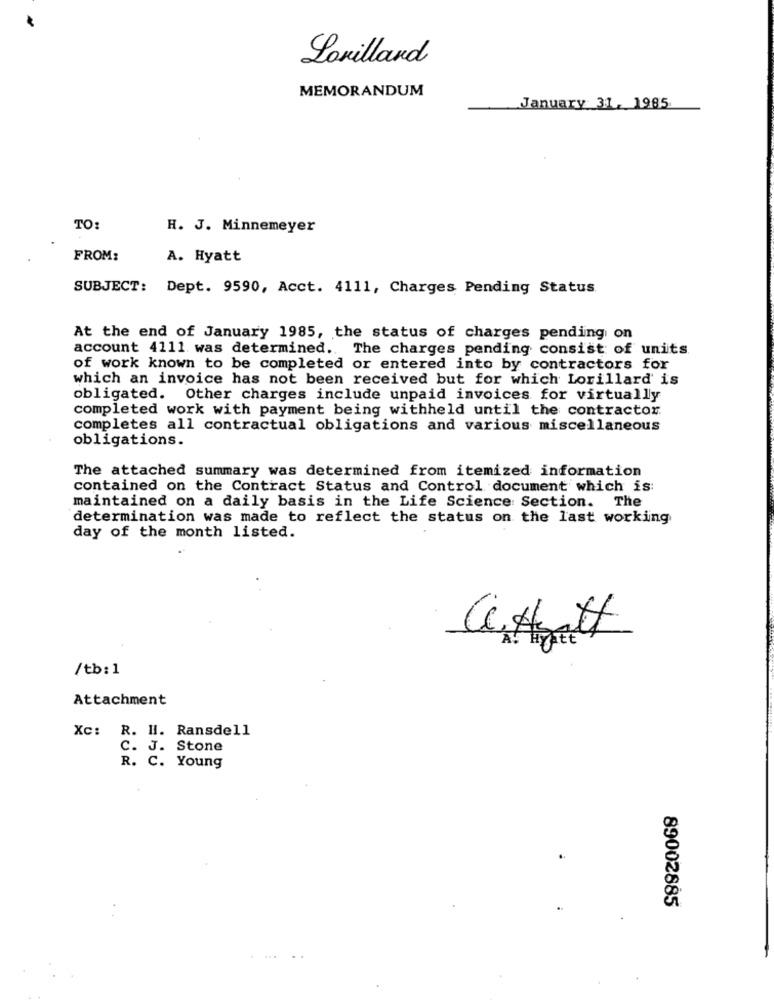
Lovillard
MEMORANDUM
January 31, 1985
TO:
H. J. Minnemeyer
FROM:
A. Hyatt
SUBJECT: Dept. 9590, Acct. 4111, Charges Pending Status
At the end of January 1985, the status of charges pending on
account 4111 was determined. The charges pending consist of units
of work known to be completed or entered into by contractors for
which an invoice has not been received but for which Lorillard is
obligated. Other charges include unpaid invoices for virtually
completed work with payment being withheld until the contractor
completes all contractual obligations and various miscellaneous
obligations.
The attached summary was determined from itemized information
contained on the Contract Status and Control document which is:
maintained on a daily basis in the Life Science Section. The
determination was made to reflect the status on the last working
day of the month listed.
/tb:1
Attachment
Xc: R. H. Ransdell
C. J. Stone
R. C. Young
89002885
....